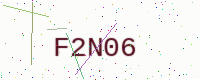
Text: F2N06